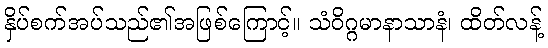
နှိပ်စက်အပ်သည်၏အဖြစ်ကြောင့်။ သံဝိဂ္ဂမာနာသာနံ၊ ထိတ်လန့်